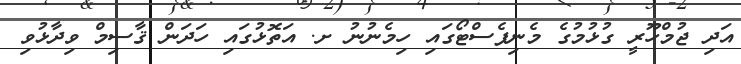
އަދި ޖުމްހޫރީ ގުޅުމުގެ މެނިފެސްޓޯގައި ހިމެނުނު ށ. އަތޮޅުގައި ހަދަން ޤާސިމް ވިދާޅުވި